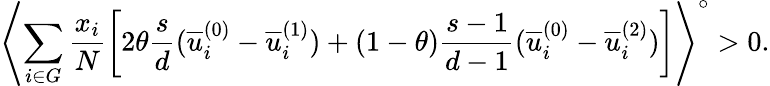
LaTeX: \left\langle\sum_{i\in G}\frac{x_{i}}{N}\left[2\theta\frac{s}{d}(\overline{{u}}_{i}^{(0)}-\overline{{u}}_{i}^{(1)})+(1-\theta)\frac{s-1}{d-1}(\overline{{u}}_{i}^{(0)}-\overline{{u}}_{i}^{(2)})\right]\right\rangle^{\circ}>0.